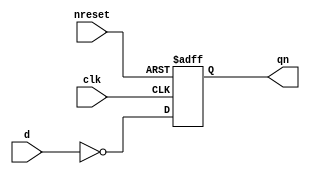
// This program was cloned from: https://github.com/siliconcompiler/lambdalib
// License: MIT License

//#############################################################################
//# Function:  Positive edge-triggered static inverting D-type flop-flop with #
//             async active low reset.                                        #
//# Copyright: Lambda Project Authors. All rights Reserved.                   #
//# License:   MIT (see LICENSE file in Lambda repository)                    #
//#############################################################################

module la_dffrqn #(
    parameter PROP = "DEFAULT"
) (
    input      d,
    input      clk,
    input      nreset,
    output reg qn
);

    always @(posedge clk or negedge nreset)
        if (!nreset) qn <= 1'b1;
        else qn <= ~d;

endmodule